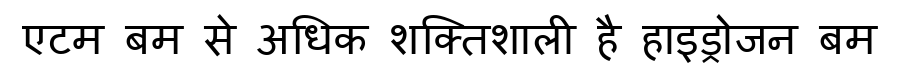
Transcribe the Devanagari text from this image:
एटम बम से अधिक शक्तिशाली है हाइड्रोजन बम